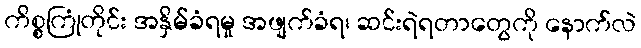
ကိစ္စကြုံတိုင်း အနှိမ်ခံရမှု အဖျက်ခံရ၊ ဆင်းရဲရတာတွေကို နောက်လဲ